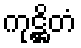
ကုဋ္ဌိတံ